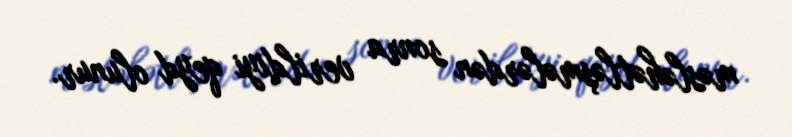
məsləhətləşmələrdən sonra verildiyi qeyd olunur.